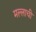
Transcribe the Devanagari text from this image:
मल्लाची